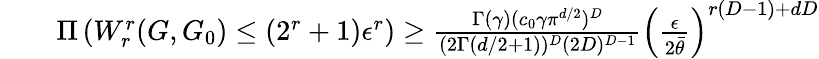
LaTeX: \begin{array}{rlr}&{}&{\Pi\left(W_{r}^{r}(G,G_{0})\leq(2^{r}+1)\epsilon^{r}\right)\geq\frac{\Gamma(\gamma)(c_{0}\gamma\pi^{d/2})^{D}}{(2\Gamma(d/2+1))^{D}(2D)^{D-1}}\left(\frac{\epsilon}{2\bar{\theta}}\right)^{r(D-1)+dD}}\end{array}